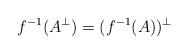
LaTeX: \begin{align*}f^{-1}(A^\perp) = (f^{-1}(A))^\perp\end{align*}